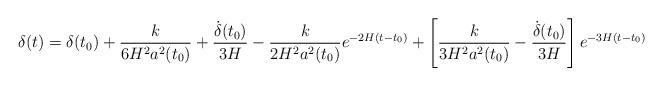
LaTeX: \begin{align*}\delta(t)=\delta(t_0)+\frac{k}{6H^2a^2(t_0)}+\frac{\dot{\delta}(t_0)}{3H}-\frac{k}{2H^2a^2(t_0)}e^{-2H(t-t_0)}+\left[\frac{k}{3H^2a^2(t_0)}-\frac{\dot{\delta}(t_0)}{3H}\right]e^{-3H(t-t_0)}\end{align*}